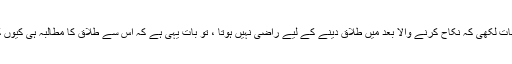
آپ نے جو بات لکھی کہ نکاح کرنے والا بعد میں طلاق دینے کے لیے راضی نہیں ہوتا ، تو بات یہی ہے کہ اس سے طلاق کا مطالبہ ہی کیوں کیا جاتا ہے؟